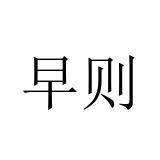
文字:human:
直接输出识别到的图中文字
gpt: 早则